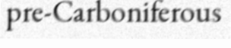
pre-Carboniferous